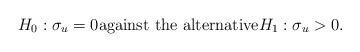
LaTeX: \begin{align*}H_0: \sigma_u = 0 \textnormal{against the alternative} H_1: \sigma_u > 0.\end{align*}